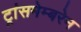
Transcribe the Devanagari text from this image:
ट्रांसमेम्बरेन